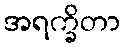
အရက္ခိတာ